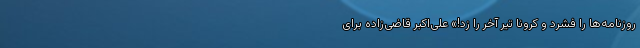
روزنامه‌ها را فشرد و کرونا تیر آخر را زد!» علی­‌اکبر قاضی­‌زاده برای